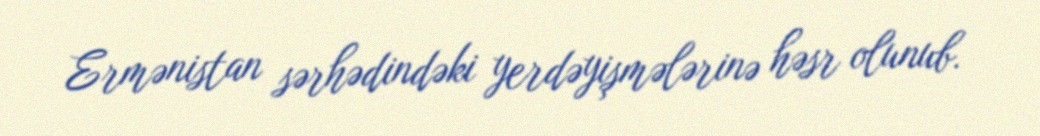
Ermənistan sərhədindəki yerdəyişmələrinə həsr olunub.